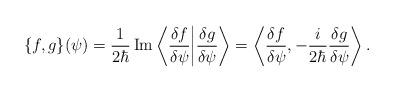
LaTeX: \begin{align*}\{f,g\}(\psi)=\frac1{2\hbar}\operatorname{Im}\left\langle\frac{\delta f}{\delta \psi}\bigg|\frac{\delta g}{\delta \psi}\right\rangle = \left\langle \frac{\delta f}{\delta \psi},-\frac{i}{2\hbar}\frac{\delta g}{\delta \psi} \right\rangle .\end{align*}